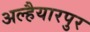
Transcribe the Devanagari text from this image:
अल्हैयारपुर